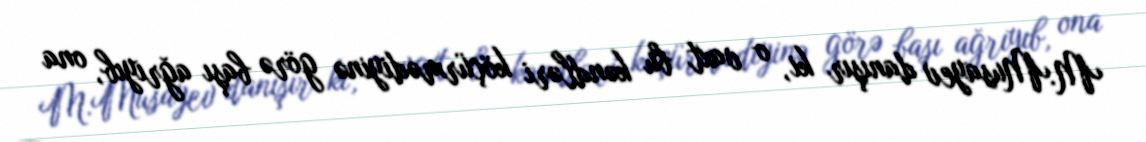
M.Musayev danışır ki, o vaxt bu kəndləri köçürmədiyinə görə başı ağrıyıb, ona